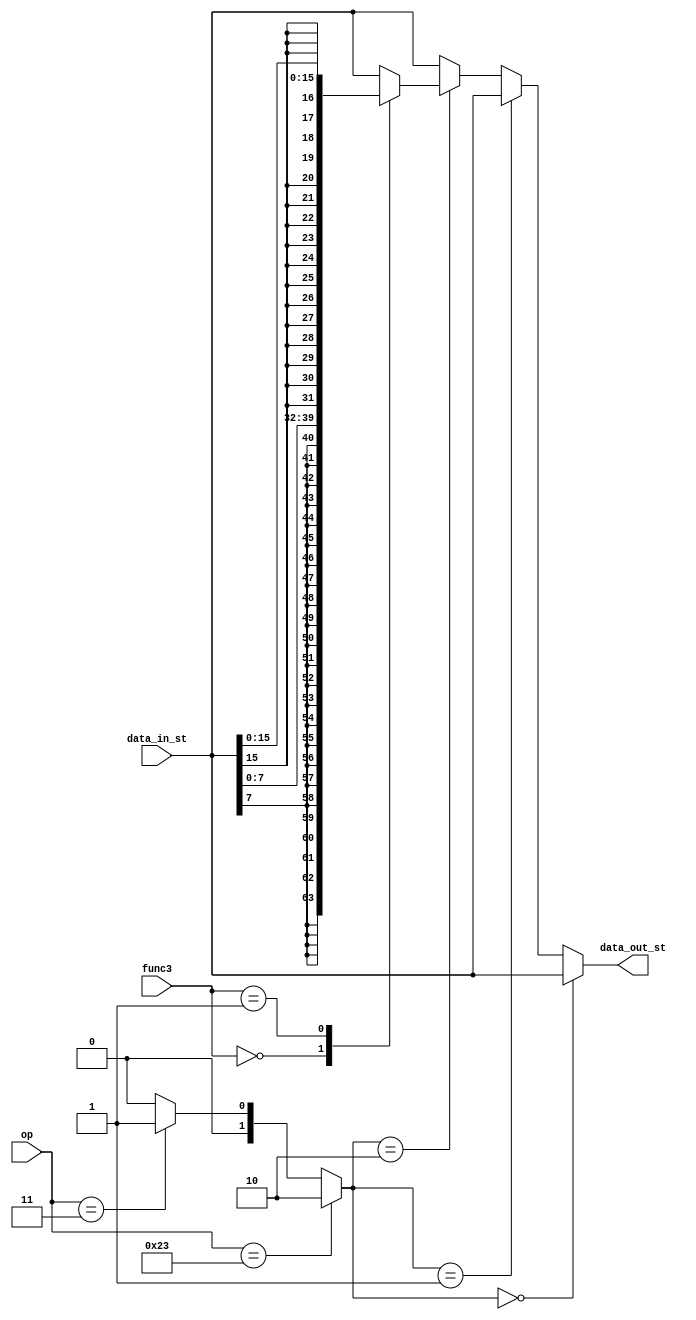
module Store_Unit(
input [6:0] op,
input [2:0] func3,
input [31:0] data_in_st, // ld = port rd, st = port rs2
output reg [31:0] data_out_st
);

wire [1:0] mode; // 0 = others, 1 = load, 2 = store

assign mode = (op == 7'b0100011) ? 2'b10 : 
              (op == 7'b0000011) ? 2'b01 : 2'b00;
always @ *
if(mode == 2'b00) begin
data_out_st = data_in_st;
end
else if (mode == 2'b01) // load
begin
data_out_st = data_in_st;
end 


else if(mode == 2'b10) begin // store
case(func3)
3'b000: begin data_out_st = {{24{data_in_st[7]}}, data_in_st[7:0]};  end
3'b001: begin data_out_st = {{16{data_in_st[15]}}, data_in_st[15:0]};  end
3'b010: begin data_out_st = data_in_st;  end
default: begin data_out_st = data_in_st; end
endcase
end 

else begin
data_out_st = data_in_st;
end      


endmodule